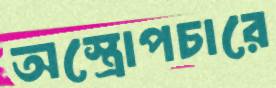
অস্ত্রোপচারে